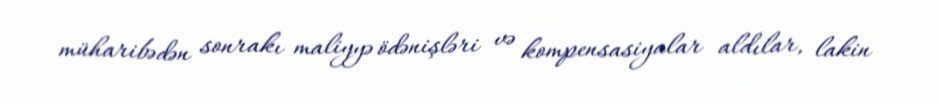
müharibədən sonrakı maliyyə ödənişləri və kompensasiyalar aldılar, lakin